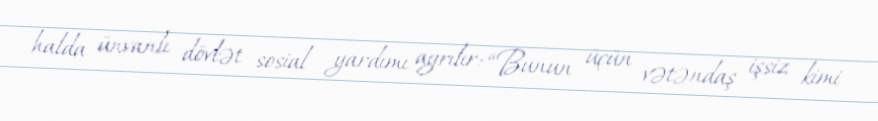
halda ünvanlı dövlət sosial yardımı ayrılır: “Bunun üçün vətəndaş işsiz kimi